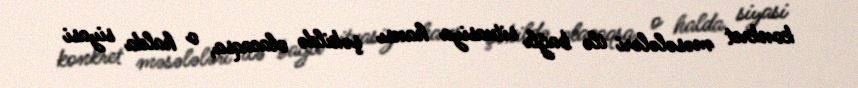
konkret məsələləri ilə bağlı situasiya hansı şəkildə olacaqsa, o halda siyasi